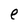
Character: e